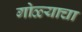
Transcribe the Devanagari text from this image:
गोळ्याचा